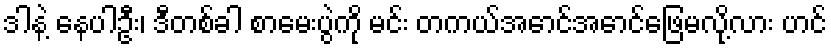
ဒါနဲ့ နေပါဦး၊ ဒီတစ်ခါ စာမေးပွဲကို မင်း တကယ်အောင်အောင်ဖြေမလို့လား ဟင်